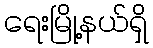
ရေးမြို့နယ်ရှိ